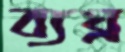
ব্যঘ্র